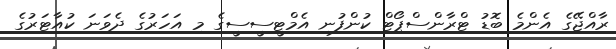
ރާއްޖޭގެ އެންމެ ބޮޑު ޓްރާންސްޕޯޓް ކުންފުނި އެމްޓީސީސީގެ މި އަހަރުގެ ދެވަނަ ކުއާޓަރުގެ